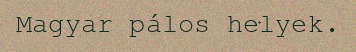
Magyar pálos helyek.